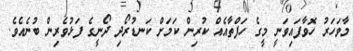
މާވަހަރު ހޮވާފައިވަނީ މީގެ ހަފްތާއެއް ކުރިން ކަމަށް ކަނޑުރޯދި ދޯނީގެ ފަޅުވެރިން ބުނެއެވެ.